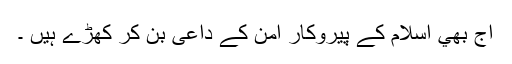
آج بھي اسلام کے پیروکار امن کے داعی بن کر کھڑے ہیں ۔